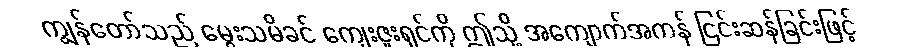
ကျွန်တော်သည် မွေးသမိခင် ကျေးဇူးရှင်ကို ဤသို့ အကျောက်အကန် ငြင်းဆန်ခြင်းဖြင့်